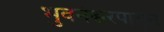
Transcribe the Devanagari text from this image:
भुवनेश्वरपासून